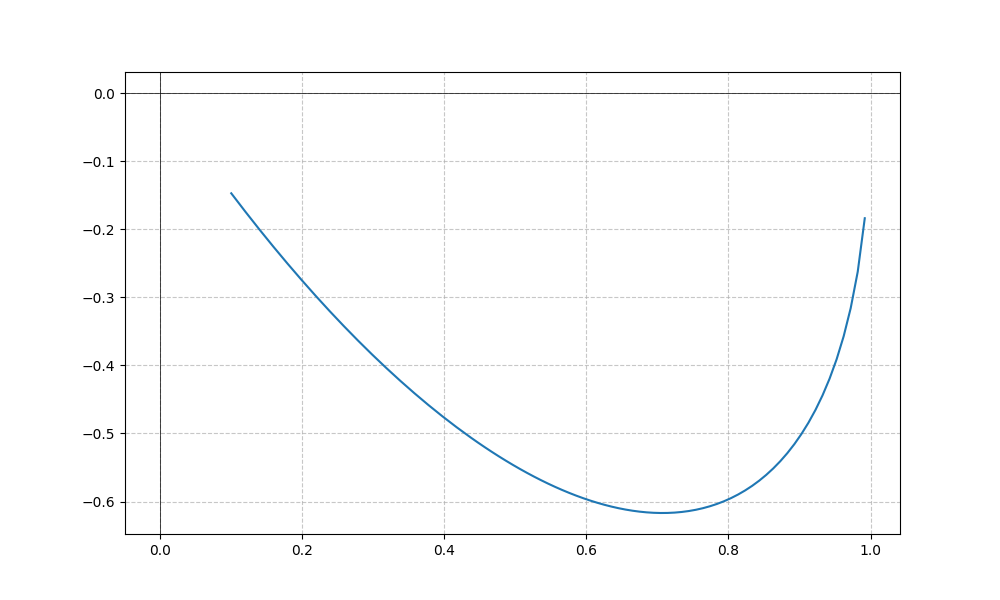
LaTeX formula: - \operatorname{acos}{\left(x \right)} \operatorname{asin}{\left(x \right)}